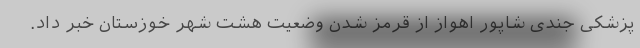
پزشکی جندی شاپور اهواز از قرمز شدن وضعیت هشت شهر خوزستان خبر داد.